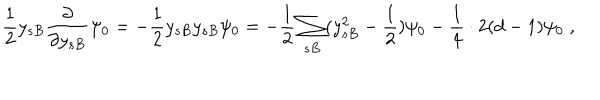
LaTeX: \frac { 1 } { 2 } y _ { s B } \frac { \partial } { \partial y _ { s B } } \psi _ { 0 } = - \frac { 1 } { 2 } y _ { s B } y _ { s B } \psi _ { 0 } = - \frac { 1 } { 2 } \sum _ { s B } ( y _ { s B } ^ { 2 } - \frac { 1 } { 2 } ) \psi _ { 0 } - \frac { 1 } { 4 } \cdot 2 ( d - 1 ) \psi _ { 0 } \; ,